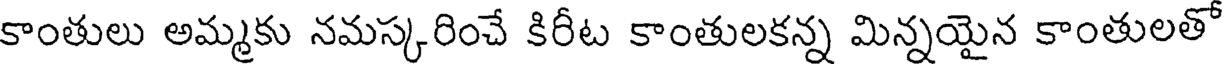
కాంతులు అమ్మకు నమస్కరించే కిరీట కాంతులకన్న మిన్నయైన కాంతులతో